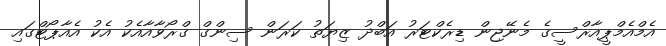
އެމްއެމްޕީއާރްސީގެ މެނޭޖިން ޑިރެކްޓަރު އަބްދު ޒިޔަތު ކަރަން ސިންގް ގްރޯވާއާއެކު އެކު އެއާޕޯޓްގައި